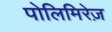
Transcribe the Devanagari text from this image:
पोलिमिरेज़